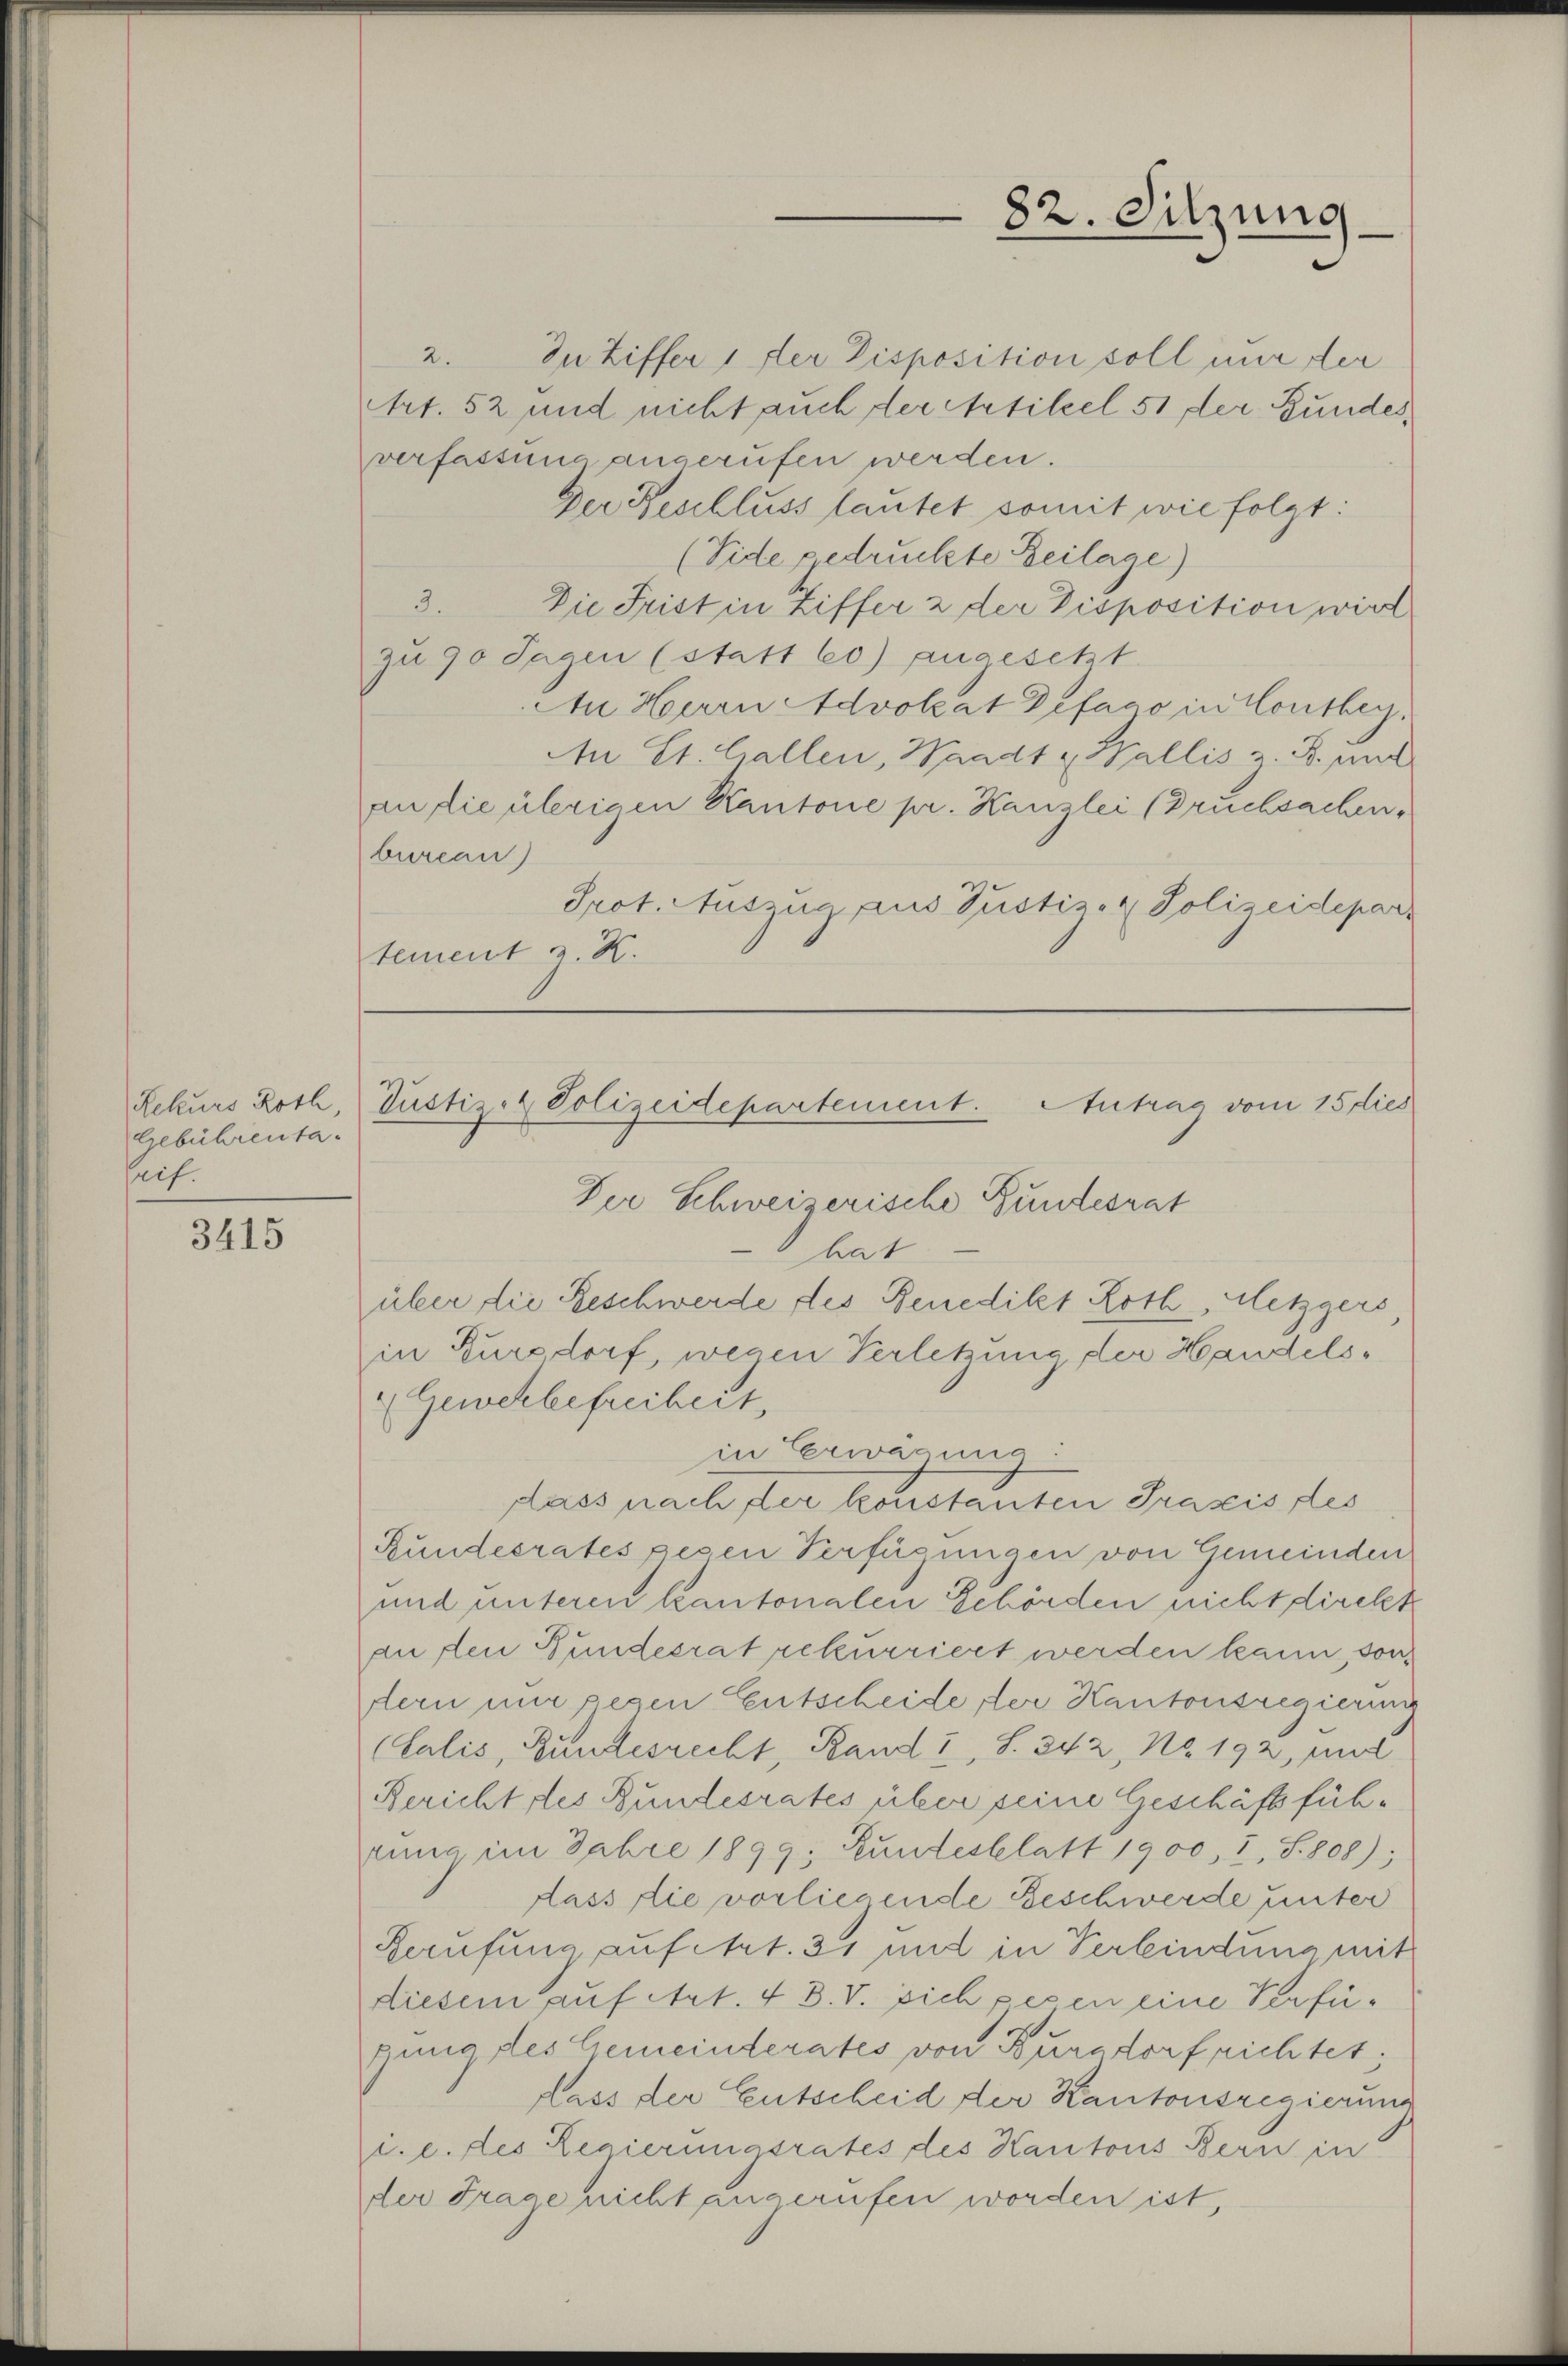
Rekurs Roth
Gebührentaeif.

3415

2.
In Ziffer 1 der Disposition soll nur der
Art. 52 und nicht auch der Artikel 51 der Bundes,
verfassung angerufen werden.
Der Beschluss lautet somit wie folgt:
(Vide gedruckte Beilage)
3.
Die Frist in Ziffer 2 der Disposition wird
zu 90 Tagen (statt 60) angesetzt.
An Herrn Advokat Defago in Conthey,
An St. Gallen, Waadt Wallis z. B. und
an die übrigen Kantone pr. Kanzlei (Bruchsachen,
bureau)
Prot. Auszug aus Justiz- & Polizeidepart
tement z. K.

82. Sitzung

in Erwägung:
dass nach der konstanten Prasis des
Rundesrates gesen Verfügungen von Gemeinden
und unteren kantonalen Gehörden nicht direkt
an den Bundesrat rekurriert werden kann, sondern nur gegen Entscheide der Kantonsregierung
(Lalis, Bundesrecht, Band I, S. 342, No. 192, mit
Bericht des Bundesrates über seine Geschäft führung im Jahre 1899; Rŭndesblatt 1900, I, S. 808);
dass die vorliegende Beschwerde unter
Berufung auf Art. 31 und in Verbindung mit
Liesem auf Art. 4 3. V. sich peren eine Verfügung des Gemeinderates von Burgdorf richtet;
dass der Entscheid der Kantonsregierung
c. e. des Regierungsrates des Kantons Bern in
der Frage nicht angerufen worden ist,

Justiz- & Polizeidepartement. Antrag vom 15 dies
Der Schweizerische Bundesrat
hat
über die Geschwerde des Benedikt Roth, Metzgers
in Kursdorf, wegen Verletzung der Handels¬
Gewerbefreiheit,